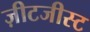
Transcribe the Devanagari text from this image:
ज़ीटजीस्ट